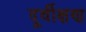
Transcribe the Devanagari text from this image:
दूर्वीक्षण